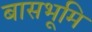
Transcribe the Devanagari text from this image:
बासभूमि